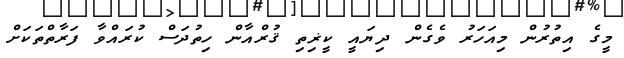
މީގެ އިތުރުން މިއަހަރު ވެގެން ދިޔައީ ކީޜިތި ޤުރްއާން ހިތުދަސް ކުރައްވާ ފަރާތްތަކަށް